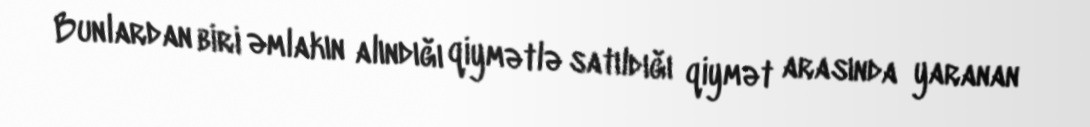
Bunlardan biri əmlakın alındığı qiymətlə satıldığı qiymət arasında yaranan